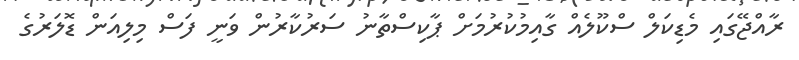
ރާއްޖޭގައި މެޑިކަލް ސްކޫލެއް ގާއިމުކުރުމަށް ޕާކިސްތާނު ސަރުކާރުން ވަނީ ފަސް މިލިއަން ޑޮލަރުގެ